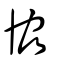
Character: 協